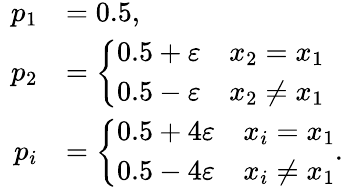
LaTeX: \begin{array}{rl}{p_{1}}&{=0.5,}\\ {\ p_{2}}&{=\left\{ \begin{array}{cc}{0.5+\varepsilon}&{x_{2}=x_{1}}\\ {0.5-\varepsilon}&{x_{2}\neq x_{1}}\end{array}\right.}\\ {\ \ p_{i}}&{=\left\{ \begin{array}{cc}{0.5+4\varepsilon}&{x_{i}=x_{1}}\\ {0.5-4\varepsilon}&{x_{i}\neq x_{1}}\end{array}\right..}\end{array}